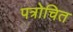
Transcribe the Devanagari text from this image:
पत्रोचित